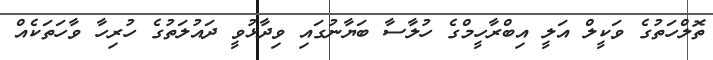
ތޮލްހަތުގެ ވަކީލް އަލީ އިބްރާހީމްގެ ހުލާސާ ބަޔާނުގައި ވިދާޅުވީ ދައުލަތުގެ ހުރިހާ ވާހަތަކެއް